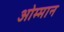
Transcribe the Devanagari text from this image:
ओम्मान